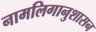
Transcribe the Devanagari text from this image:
नामलिगानुशासन